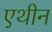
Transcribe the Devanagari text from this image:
एथीन